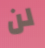
لن